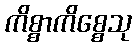
ကိစ္စာကိစ္စေသု